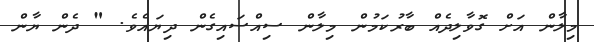
މިލާން އަށް ގޮވާލިދެއް ބާރުކަމުން މިލާން ސިއްސައިގެން ދިޔައެވެ. " ދެން ޔާން